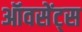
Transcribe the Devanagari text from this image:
ऑवसेंट्स